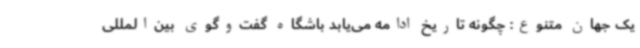
یک جهان متنوع: چگونه تاریخ ادامه می‌یابد باشگاه گفت‌وگوی بین‌المللی